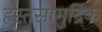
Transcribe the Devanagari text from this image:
हस्तसामुद्रिक